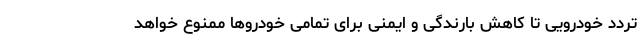
تردد خودرویی تا کاهش بارندگی و ایمنی برای تمامی خودروها ممنوع خواهد